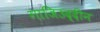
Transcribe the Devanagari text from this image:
गाजिउद्दीन